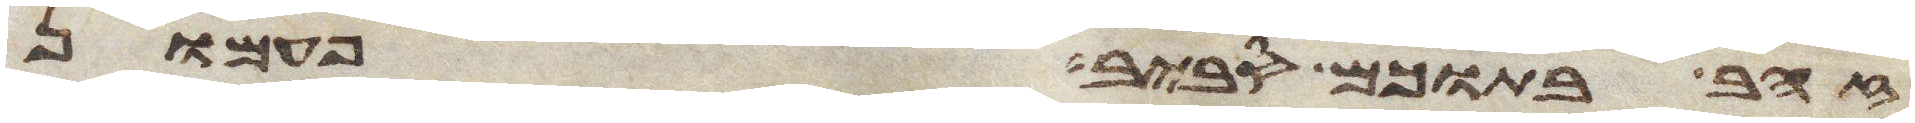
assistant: זהב בתוכם סביב פעמון